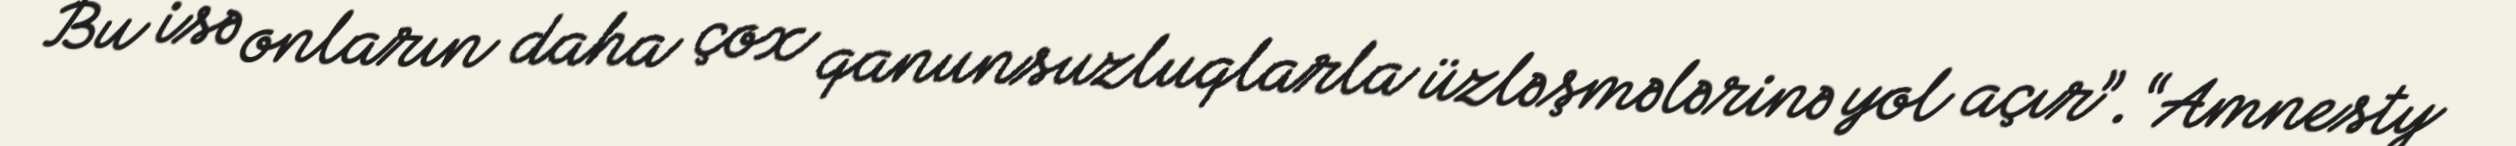
Bu isə onların daha çox qanunsuzluqlarla üzləşmələrinə yol açır”.“Amnesty